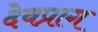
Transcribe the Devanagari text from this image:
देवप्राग